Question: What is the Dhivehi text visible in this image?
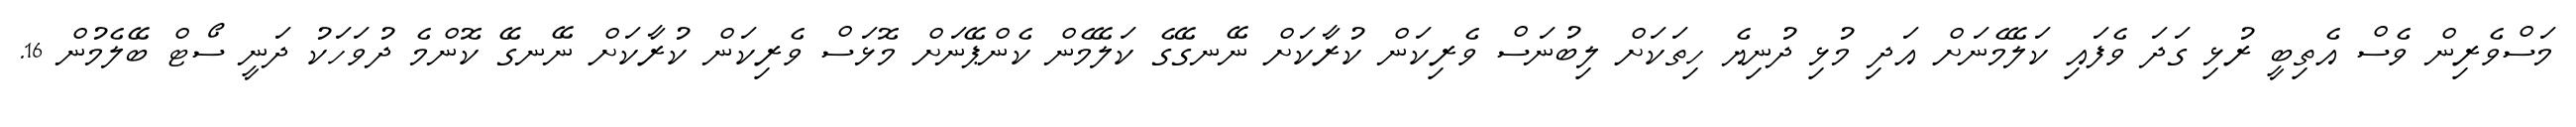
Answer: މަސްވެރިން ވެސް އެތިބީ ރުޅި ގަދަ ވެފައި ކަލޭމެނަށް އަދި މުޅި ދުނިޔެ ހިތަކަށް ލިބުނަސް ވެރިކަން ކުރާކަށް ނޭނގޭގެ ކަލޭމެން ކެންޕޭނަށް މޮޅަސް ވެރިކަން ކުރާކަށް ނޭނގޭ ކޮންމެ ދުވަހަކު ދަނީ ސޯޓް ބޭލެމުން 16.